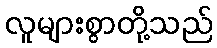
လူများစွာတို့သည်